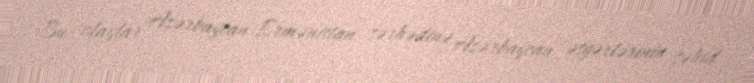
Bu olaylar Azərbaycan-Ermənistan sərhədinə Azərbaycan əsgərlərinin şəhid